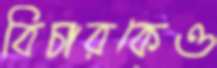
বিচারকেও